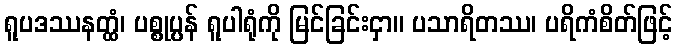
ရူပဒဿနတ္ထံ၊ ပစ္စုပ္ပန် ရူပါရုံကို မြင်ခြင်းငှာ။ ပသာရိတဿ၊ ပရိကံစိတ်ဖြင့်